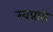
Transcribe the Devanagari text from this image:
स्वप्राप्त